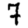
Digit: 7